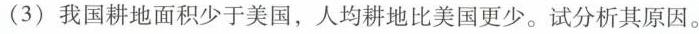
(3)我国耕地面积少于美国，人均耕地比美国更少。试分析其原因。